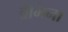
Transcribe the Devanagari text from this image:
व्रेमिना